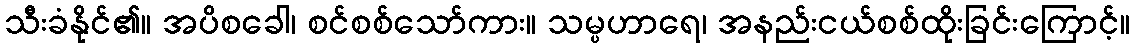
သီးခံနိုင်၏။ အပိစခေါ၊ စင်စစ်သော်ကား။ သမ္ပဟာရေ၊ အနည်းငယ်စစ်ထိုးခြင်းကြောင့်။